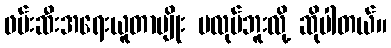
ဖမ်းဆီးအရေးယူတာမျိုး မလုပ်ဘူးလို့ ဆိုပါတယ်။